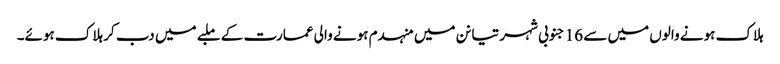
ہلاک ہونے والوں میں سے 16 جنوبی شہر تیانن میں منہدم ہونے والی عمارت کے ملبے میں دب کر ہلاک ہوئے۔